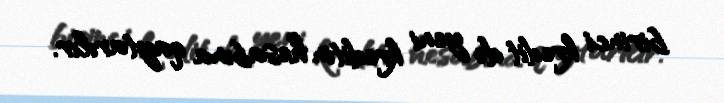
birinci kredit də yeni kreditin hesabına qaytarılır.